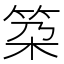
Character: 𥬸